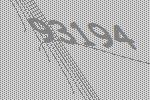
93194